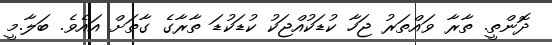
ދޮންތީ. ތާރާ ވައްތަރު ޖަހާ ކުޑަކުއްޖަކު ކުޑަކުޑަ ތާރާގެ ގާތަށް އައެވެ. ބަލާ.މީ